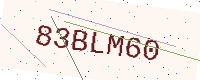
Text: 83BLM60